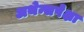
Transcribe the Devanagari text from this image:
अथेन्सपेक्षा